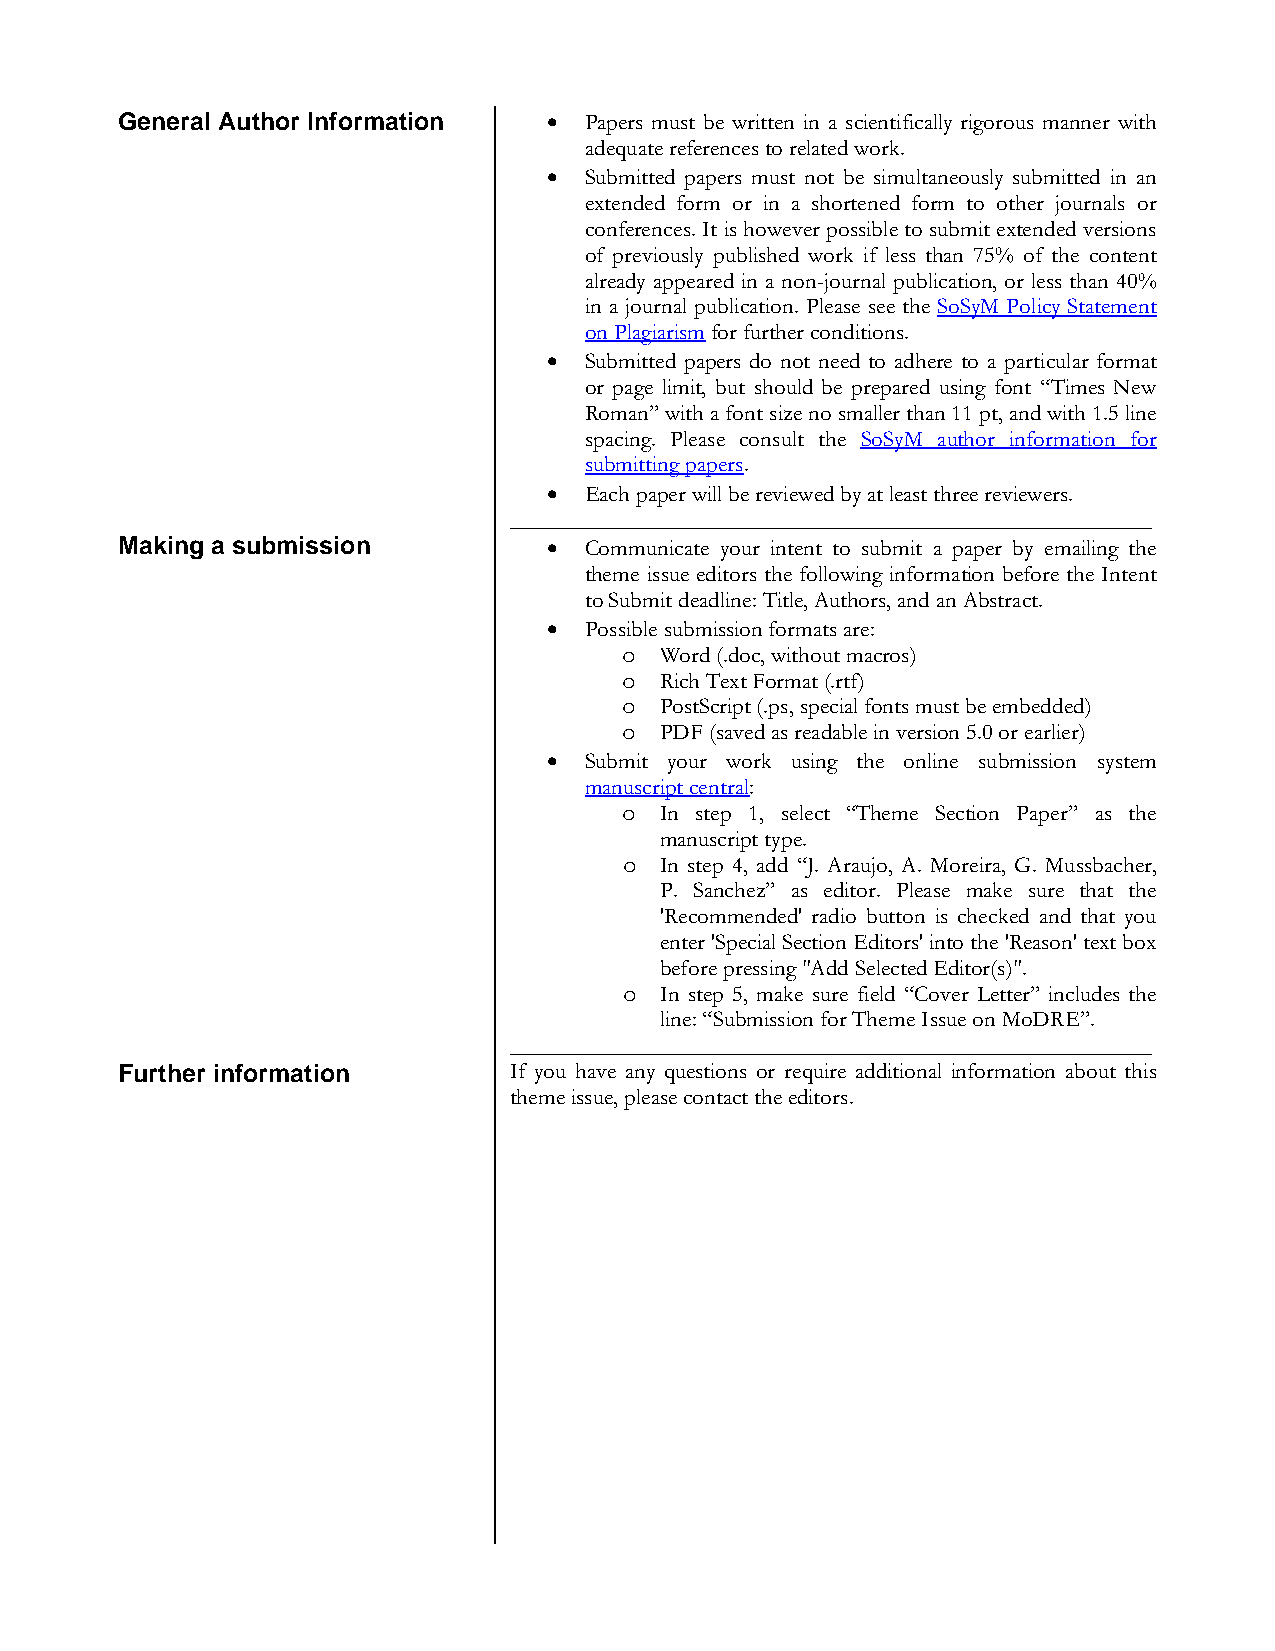
General Author Information  •  Papers must be written in a scientifically rigorous manner with
 adequate references to related work.
 •  Submitted papers must not be simultaneously submitted in an
 extended form or in a shortened form to other journals or
 conferences. It is however possible to submit extended versions
 of previously published work if less than 75% of the content
 already appeared in a non-journal publication, or less than 40%
 in a journal publication. Please see the SoSyM Policy Statement
 on Plagiarism for further conditions.
 •  Submitted papers do not need to adhere to a particular format
 or page limit, but should be prepared using font “Times New
 Roman” with a font size no smaller than 11 pt, and with 1.5 line
 spacing. Please consult the SoSyM author information for
 submitting papers.
 •  Each paper will be reviewed by at least three reviewers.
 ________________________________________________________
 Making a submission         •  Communicate your intent to submit a paper by emailing the
 theme issue editors the following information before the Intent
 to Submit deadline: Title, Authors, and an Abstract.
 •  Possible submission formats are:
 o
 Word (.doc, without macros)
 Rich Text Format (.rtf)
 o
 PostScript (.ps, special fonts must be embedded)
 o
 PDF (saved as readable in version 5.0 or earlier)
 o
 •  Submit your work using the online submission system
 manuscript central:
 In step 1, select “Theme Section Paper” as the
 o
 manuscript type.
 In step 4, add “J. Araujo, A. Moreira, G. Mussbacher,
 o
 P. Sanchez” as editor. Please make sure that the
 'Recommended' radio button is checked and that you
 enter 'Special Section Editors' into the 'Reason' text box
 before pressing "Add Selected Editor(s)".
 In step 5, make sure field “Cover Letter” includes the
 o
 line: “Submission for Theme Issue on MoDRE”.
 ________________________________________________________
 Further information       If you have any questions or require additional information about this
 theme issue, please contact the editors.